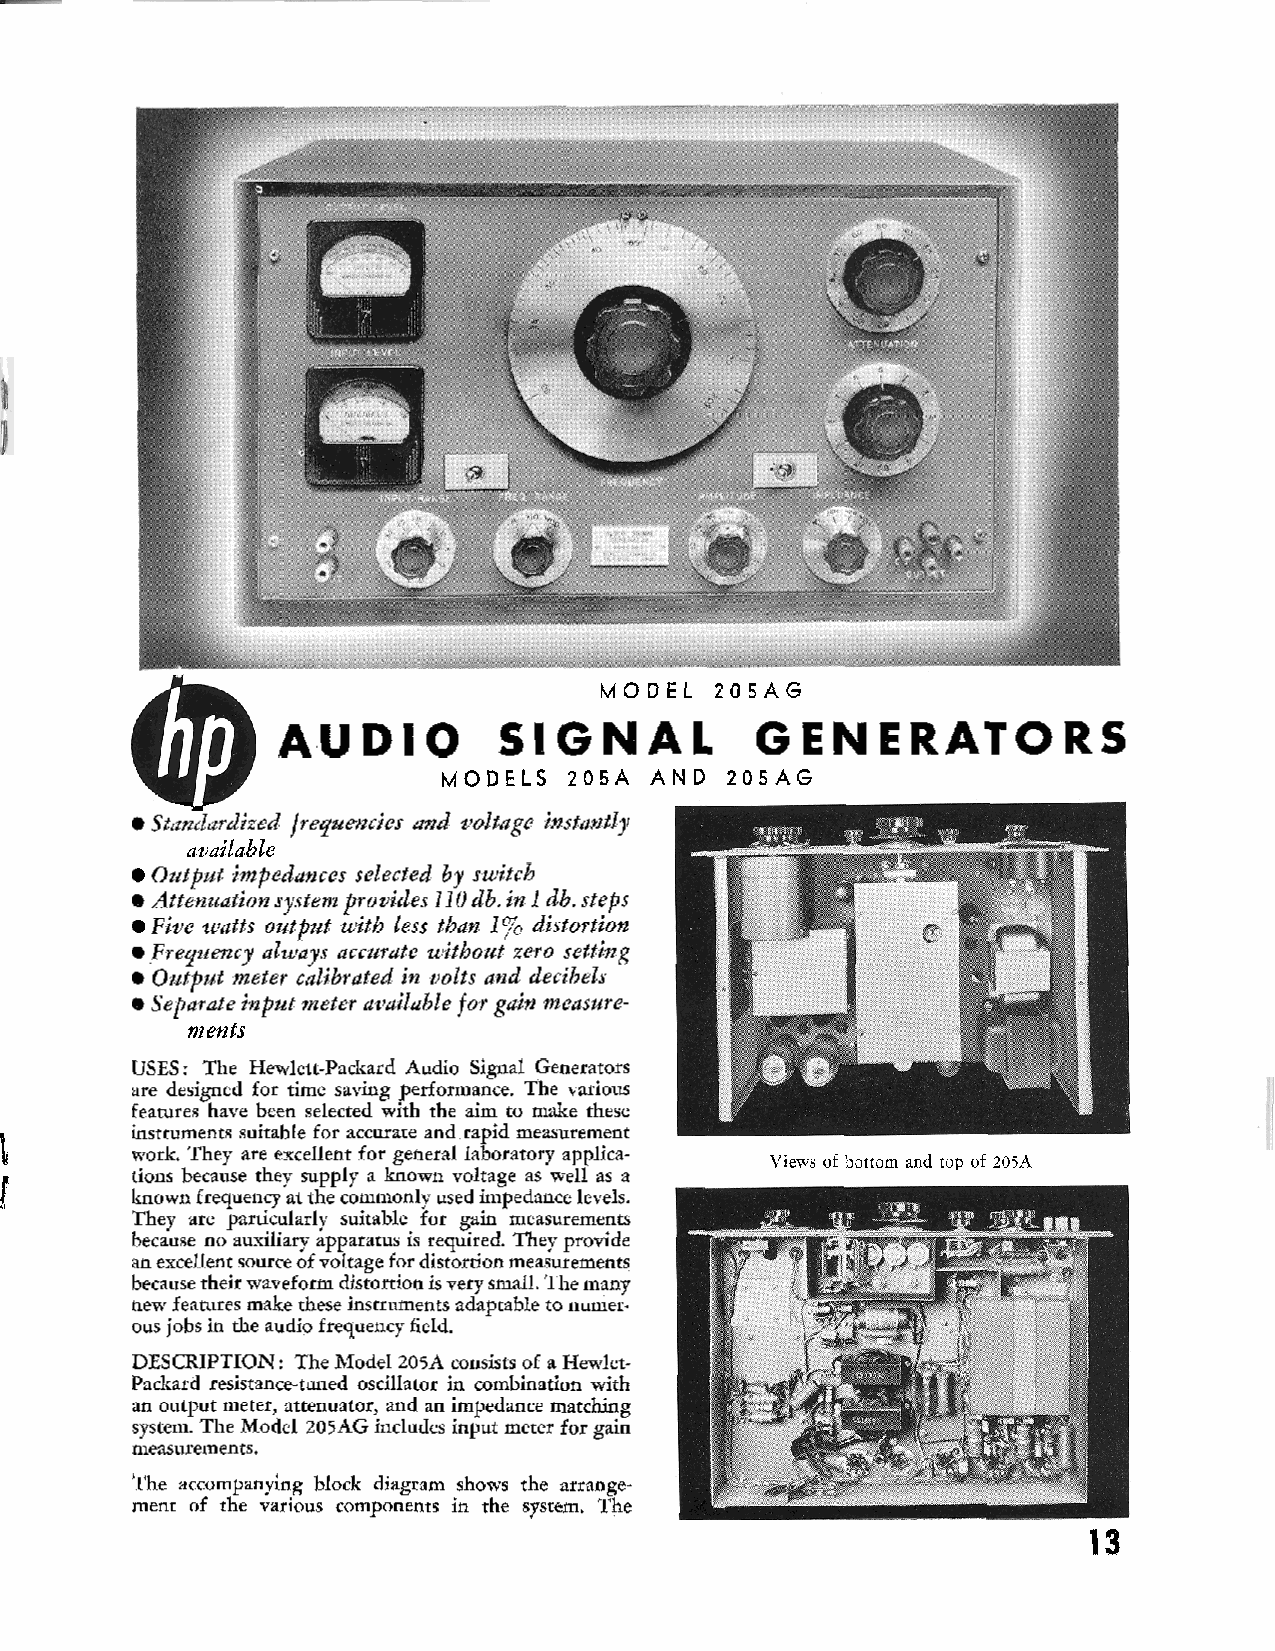
M O D E L 205AG
 A U  D  I O   S  I G N  A  L   GENERATORS
 MODELS  205A AND  205AG
 e StuY udu rdized frequencies and voltage instantly
 available
 Output impedances selected by switch
 e Attenuation system provides 110 db. in 1 db. steps
 Five watts output with less than 1% distortion
 e Frequency always accurate without zero setting
 e Output meter calibrated in volts and decibels
 e Separate input meter available for gain measure-
 ments
 USES: The Hewlett-Packard Audio Signal Generators
 are designed for time saving performance. The various
 features have been selected with the aim to make these
 instruments suitable for accurate and rapid measurement
 1,
 work. They are excellent for general laboratory applica-
 Views of bottom and tup of 205A
 t       tions because they supply a known voltage as well as a
 known frequency at the commonly used impedance levels.
 They are particularly suitable for gain measurements
 because no auxiliary apparatus is required. They provide
 an excellent source of voltage for distortion measurements
 because their waveform distortion is very small. The many
 new features make these instruments adaptable to numer.
 ons jobs in the audio frequency field.
 DESCRIPTION: The Model 205A consists of a Hewlet-
 Packard resistance-tuned oscillator in combination with
 an output meter, attenuator, and an impedance matching
 system. The Model 205AG includes input meter for gain
 measurements.
 The accompanying block diagram shows the arrange-
 ment of the various components in the system. The
 13